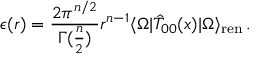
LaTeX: \epsilon ( r ) = \frac { 2 \pi ^ { n / 2 } } { \Gamma ( \frac { n } { 2 } ) } r ^ { n - 1 } \langle \Omega | \hat { T } _ { 0 0 } ( x ) | \Omega \rangle _ { \mathrm { r e n } } \, .